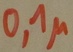
Text: 0.1µ